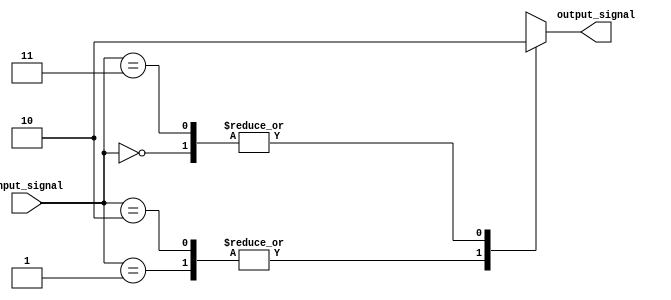
module full_case_block (
    input [1:0] input_signal,
    output reg output_signal
);

always @* begin
    case(input_signal)
        2'b00: output_signal = 1'b0;
        2'b01: output_signal = 1'b1;
        2'b10: output_signal = 1'b1;
        2'b11: output_signal = 1'b0;
        default: output_signal = 1'b0;
    endcase
end

endmodule